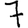
Digit: 7